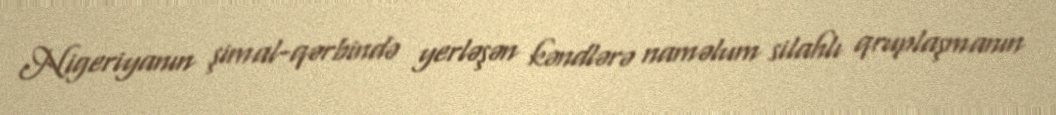
Nigeriyanın şimal-qərbində yerləşən kəndlərə naməlum silahlı qruplaşmanın